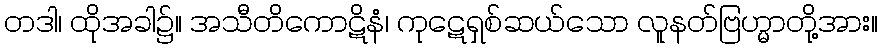
တဒါ၊ ထိုအခါ၌။ အသီတိကောဋိနံ၊ ကုဋေရှစ်ဆယ်သော လူနတ်ဗြဟ္မာတို့အား။